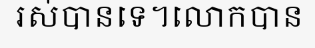
រស់បានទេ។លោកបាន